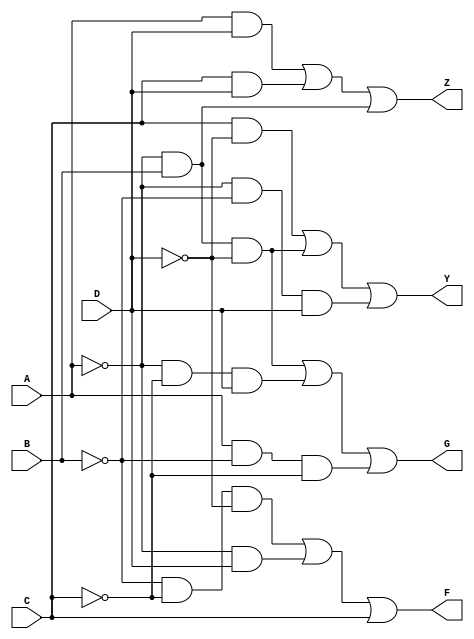
`timescale 1ns / 1ps

module Equation1(
    input A, B, C, D,
    output F, G, Y, Z
);

    assign F = ~B&~C&~D|~A&D|C;
    assign G = ~A&B&~D|~A&~C&D|A&~B&~C;
    assign Y = C&~D|~A&B&~D|~A&~B&D;
    assign Z = A&D|C&D|~A&B;
endmodule